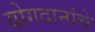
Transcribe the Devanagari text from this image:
योगदानांचे